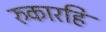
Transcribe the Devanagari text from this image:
रुकारहि